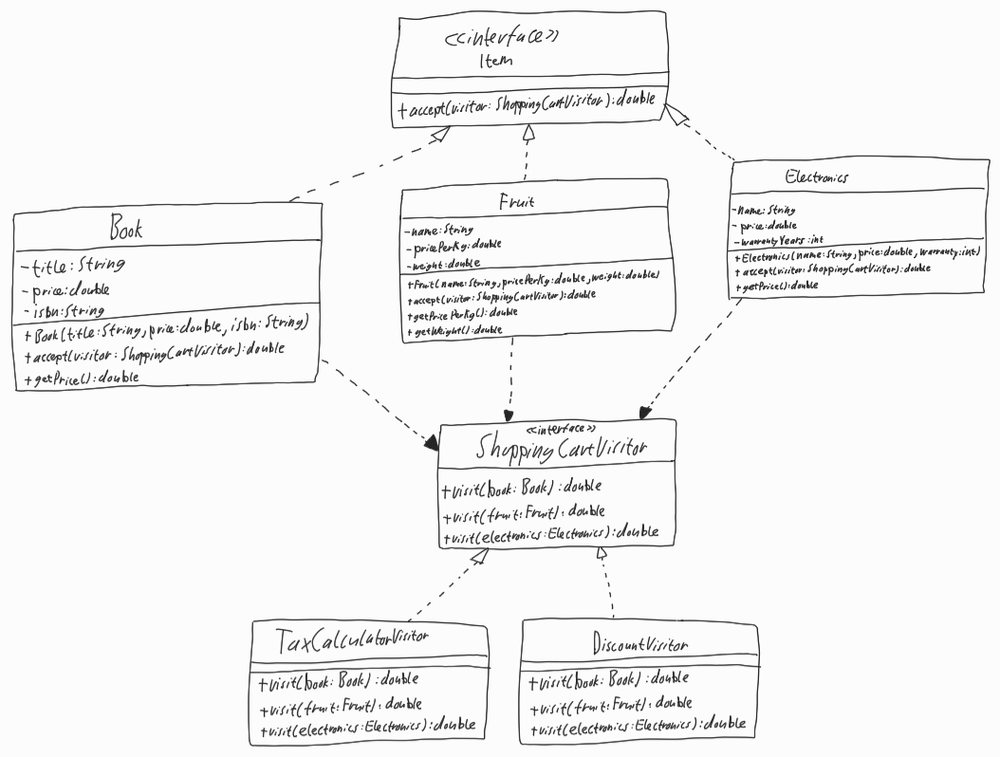
Diagram type: class_diagram
```plantuml
@startuml

interface Item {
  + accept(visitor: ShoppingCartVisitor): double
}

class Book implements Item {
  - title: String
  - price: double
  - isbn: String
  + Book(title: String, price: double, isbn: String)
  + accept(visitor: ShoppingCartVisitor): double
  + getPrice(): double
}

class Fruit implements Item {
  - name: String
  - pricePerKg: double
  - weight: double
  + Fruit(name: String, pricePerKg: double, weight: double)
  + accept(visitor: ShoppingCartVisitor): double
  + getPricePerKg(): double
  + getWeight(): double
}

class Electronics implements Item {
  - name: String
  - price: double
  - warrantyYears: int
  + Electronics(name: String, price: double, warranty: int)
  + accept(visitor: ShoppingCartVisitor): double
  + getPrice(): double
}

interface ShoppingCartVisitor {
  + visit(book: Book): double
  + visit(fruit: Fruit): double
  + visit(electronics: Electronics): double
}

class TaxCalculatorVisitor implements ShoppingCartVisitor {
  + visit(book: Book): double
  + visit(fruit: Fruit): double
  + visit(electronics: Electronics): double
}

class DiscountVisitor implements ShoppingCartVisitor {
  + visit(book: Book): double
  + visit(fruit: Fruit): double
  + visit(electronics: Electronics): double
}

Book --> ShoppingCartVisitor
Fruit --> ShoppingCartVisitor
Electronics --> ShoppingCartVisitor

@enduml
```